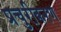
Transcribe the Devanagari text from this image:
प्रचुरीकरण